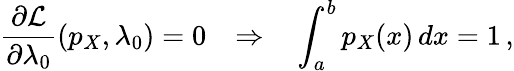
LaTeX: \frac{\partial\mathcal{L}}{\partial\lambda_{0}}(p_{X},\lambda_{0})=0~~~\Rightarrow~~~\int_{a}^{b}p_{X}(x)\, dx=1\, ,